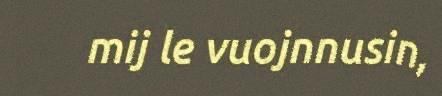
mij le vuojnnusin,